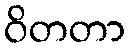
ဝိတတာ